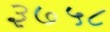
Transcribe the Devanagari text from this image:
३७५८